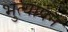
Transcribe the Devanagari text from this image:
भुत्यापन